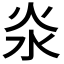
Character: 𣲱